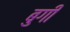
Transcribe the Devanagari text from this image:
बुगी